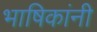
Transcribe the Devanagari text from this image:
भाषिकांनी